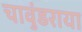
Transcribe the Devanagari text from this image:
चावुंडराया